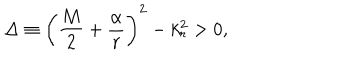
LaTeX: \Delta \equiv \left( \frac { M } { 2 } + \frac { \alpha } { r } \right) ^ { 2 } - k _ { r } ^ { 2 } > 0 ,